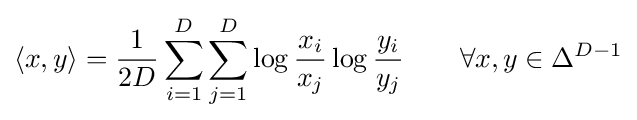
\langle x,y\rangle ={\frac {1}{2D}}\sum _{i=1}^{D}\sum _{j=1}^{D}\log {\frac {x_{i}}{x_{j}}}\log {\frac {y_{i}}{y_{j}}}\qquad \forall x,y\in \Delta ^{D-1}